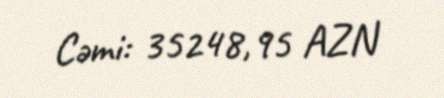
Cəmi: 35248,95 AZN